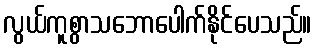
လွယ်ကူစွာသဘောပေါက်နိုင်ပေသည်။